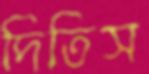
দিতিস